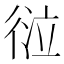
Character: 𢔆